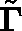
\tilde { \mathbf { \Gamma } }